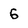
Character: 6